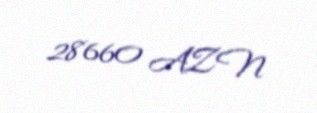
28660 AZN